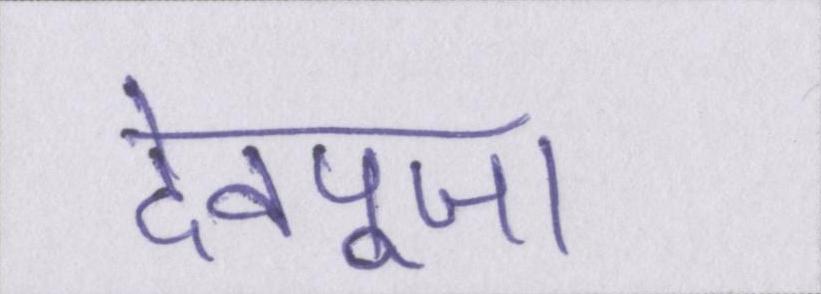
देवपूजा